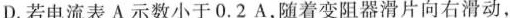
D.若电流表A示数小于0.2A，随着变阻器滑片向右滑动，